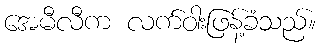
အေမီလီက လက်ဝါးဖြန့်ခံသည်။